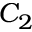
C _ { 2 }